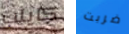
كايلب ضربت